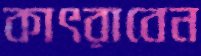
কাৎরাবেন